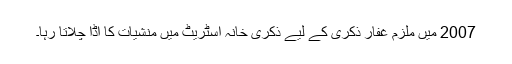
2007 میں ملزم غفار ذکری کے لیے ذکری خانہ اسٹریٹ میں منشیات کا اڈا چلاتا رہا۔